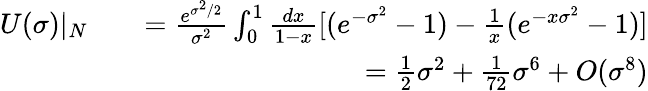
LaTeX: \begin{array}{rlr}{U(\sigma)|_{N}}&{}&{=\frac{e^{\sigma^{2}/2}}{\sigma^{2}}\int_{0}^{1}\frac{dx}{1-x}[(e^{-\sigma^{2}}-1)-\frac{1}{x}(e^{-x\sigma^{2}}-1)]}\\ &{}&{=\frac{1}{2}\sigma^{2}+\frac{1}{72}\sigma^{6}+O(\sigma^{8})}\end{array}